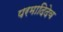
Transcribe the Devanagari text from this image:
परमादिदेव